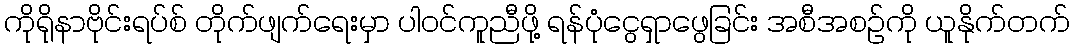
ကိုရိုနာဗိုင်းရပ်စ် တိုက်ဖျက်ရေးမှာ ပါဝင်ကူညီဖို့ ရန်ပုံငွေရှာဖွေခြင်း အစီအစဉ်ကို ယူနိုက်တက်